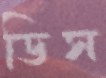
ডিস